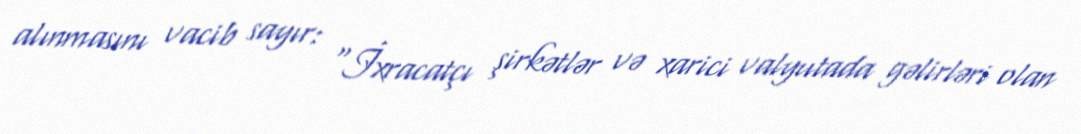
alınmasını vacib sayır: “İxracatçı şirkətlər və xarici valyutada gəlirləri olan